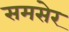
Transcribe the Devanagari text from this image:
समसेर